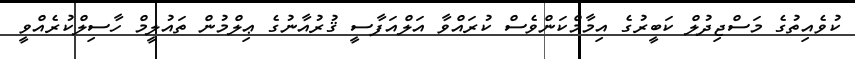
ކުވެއިތުގެ މަސްޖިދުލް ކަބީރުގެ އިމާމްކަންވެސް ކުރައްވާ އަލްއަފާސީ ޤުރުއާނުގެ ޢިލްމުން ތައުލީމް ހާސިލްކުރެއްވީ